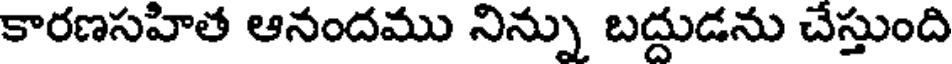
కారణసహిత ఆనందము నిన్ను బద్దుడను చేస్తుంది